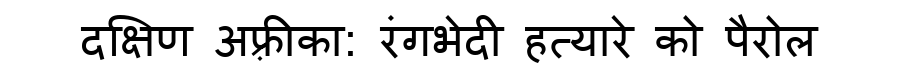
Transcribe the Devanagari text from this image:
दक्षिण अफ़्रीका: रंगभेदी हत्यारे को पैरोल